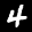
Label: 4